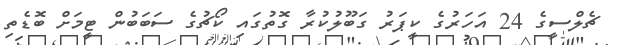
ޗެލްސީގެ 24 އަހަރުގެ ކީޕަރު ގަބޫލުކުރާ ގޮތުގައި ކޯޗުގެ ސަބަބުން ޓީމަށް ބޮޑެތި